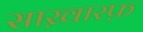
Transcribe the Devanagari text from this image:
साख़ारफ़